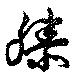
滕